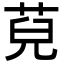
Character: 𦯵